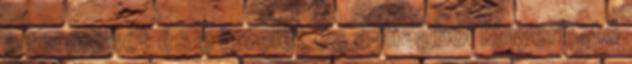
a termését és a levelét és a magból kinyerhető